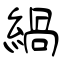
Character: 緺